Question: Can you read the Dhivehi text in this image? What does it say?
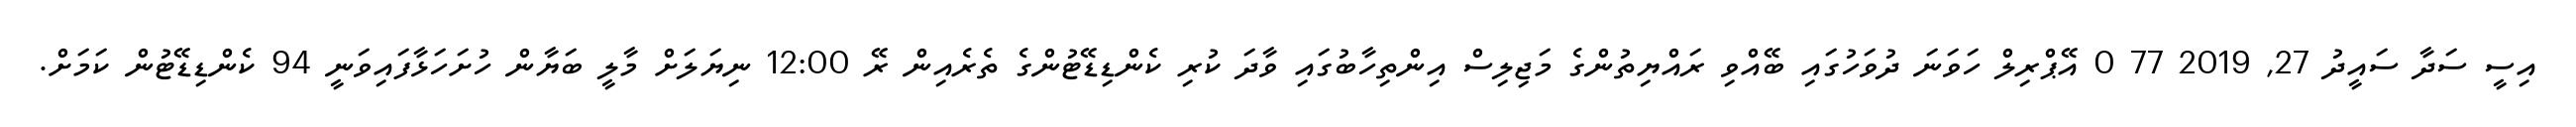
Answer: އިސީ ސަދާ ސައީދު 27, 2019 77 0 އޭޕްރިލް ހަވަނަ ދުވަހުގައި ބޭއްވި ރައްޔިތުންގެ މަޖިލިސް އިންތިހާބުގައި ވާދަ ކުރި ކެންޑިޑޭޓުންގެ ތެރެއިން ރޭ 12:00 ނިޔަލަށް މާލީ ބަޔާން ހުށަހަޅާފައިވަނީ 94 ކެންޑިޑޭޓުން ކަމަށް.